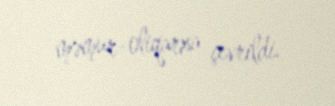
məmur-oliqarxa çevrildi.